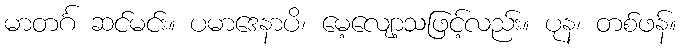
မာတင်္ဂ ဆင်မင်း။ ပမာဒေနာပိ၊ မေ့လျော့သဖြင့်လည်း။ ပုန၊ တစ်ဖန်။